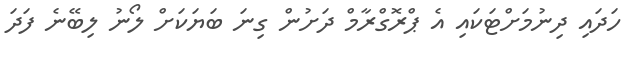
ހަދައި ދިނުމަށްޓަކައި އެ ޕްރޮގްރާމް ދަށުން ގިނަ ބަޔަކަށް ލޯނު ލިބޭނެ ފަދަ